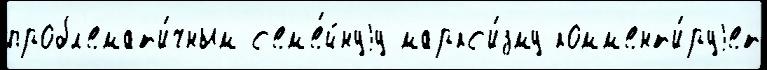
пробл'емат'и́чным с'ем'е́йнуjу маркс'и́зму комм'ент'и́руjет